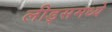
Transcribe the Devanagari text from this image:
लीड्समध्ये